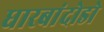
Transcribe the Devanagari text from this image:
धारबांदोडाे